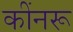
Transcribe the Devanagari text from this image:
कींनरू